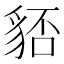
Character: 𧳏